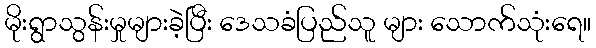
မိုးရွာသွန်းမှုများခဲ့ပြီး ဒေသခံပြည်သူ များ သောက်သုံးရေ။